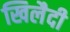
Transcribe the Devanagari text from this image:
खिलैदी